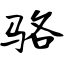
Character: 骆